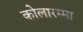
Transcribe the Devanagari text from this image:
कोलारम्मा